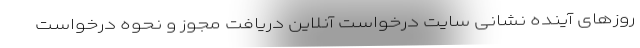
روزهای آینده نشانی سایت درخواست آنلاین دریافت مجوز و نحوه درخواست